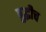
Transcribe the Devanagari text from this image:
बुद्धीच